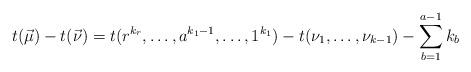
LaTeX: \begin{align*}t(\vec{\mu})-t(\vec{\nu})=t(r^{k_{r}}, \ldots , a^{k_{1}-1}, \ldots , 1^{k_{1}})-t(\nu_{1}, \ldots , \nu_{k-1})-\sum_{b=1}^{a-1}k_{b} \end{align*}